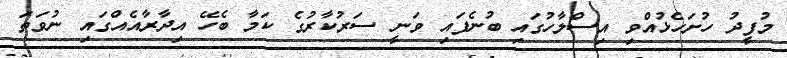
މުފީދު ހުށަހެޅުއްވި އިސްލާހުގައި ބުނެފައި ވަނީ ސަރުކާރުގެ ކަމާ ބެހޭ އިދާރާއެއްގައި ނުވަތަ